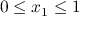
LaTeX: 0 \leq x _ { 1 } \leq 1